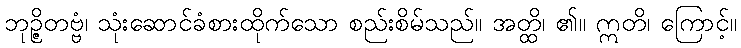
ဘုဉ္ဇိတဗ္ဗံ၊ သုံးဆောင်ခံစားထိုက်သော စည်းစိမ်သည်။ အတ္ထိ၊ ၏။ ဣတိ၊ ကြောင့်။